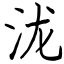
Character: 泷